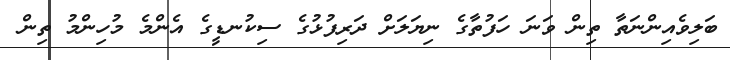
ބަލިވެއިންނަތާ ތިން ވަނަ ހަފުތާގެ ނިޔަލަށް ދަރިފުޅުގެ ސިކުނޑީގެ އެންމެ މުހިންމު ތިން